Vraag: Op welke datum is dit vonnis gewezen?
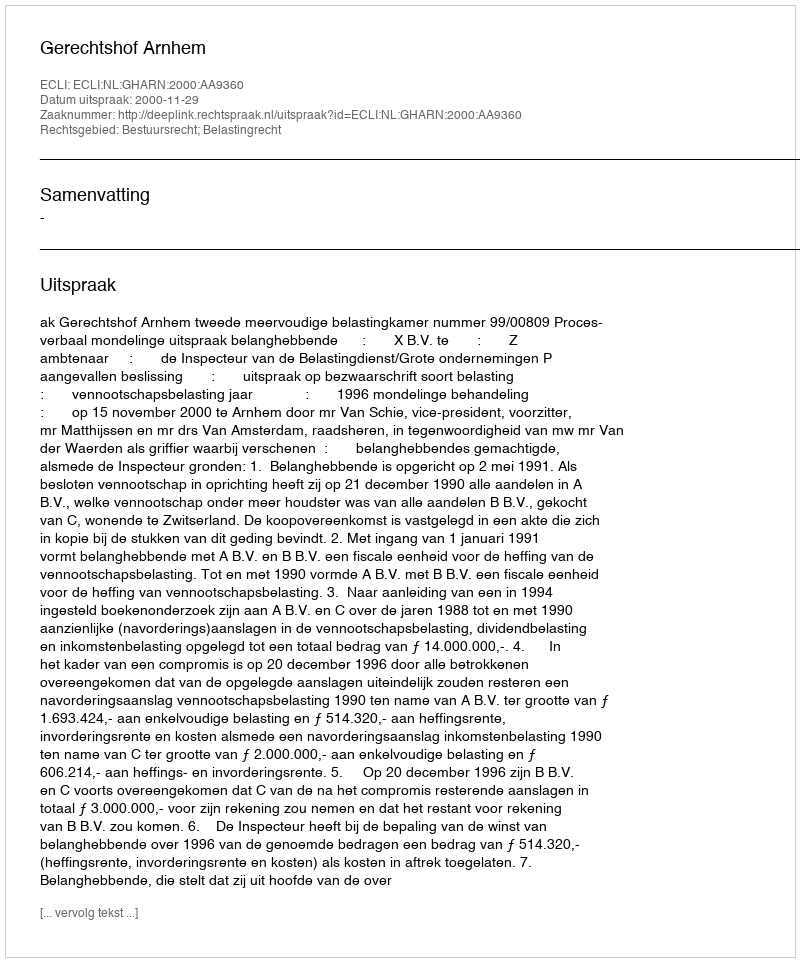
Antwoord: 2000-11-29